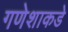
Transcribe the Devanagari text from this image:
गणेशाकडे